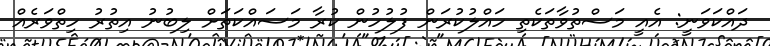
ދައްކަވަނީ: އެއީ މަސްތުވާތަކެތި ހައްލުކުރަން ފުލުހުން ކުރާ މަސައްކަތަށް ލިބުނު އިތުރު ހިތްވަރެއް